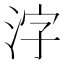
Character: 𬇤